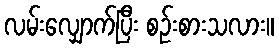
လမ်းလျှောက်ပြီး စဉ်းစားသလား။